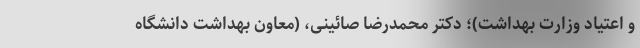
و اعتیاد وزارت بهداشت)؛ دکتر محمدرضا صائینی، (معاون بهداشت دانشگاه